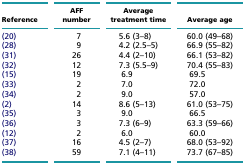
| Reference | AFF number | Average treatment time | Average age |
 | --- | --- | --- | --- |
 | (20) | 7 | 5.6 (3–8) | 60.0 (49–68) |
 | (28) | 9 | 4.2 (2.5–5) | 66.9 (55–82) |
 | (31) | 26 | 4.4 (2–10) | 66.1 (53–82) |
 | (32) | 12 | 7.3 (5.5–9) | 70.4 (55–83) |
 | (15) | 19 | 6.9 | 69.5 |
 | (33) | 2 | 7.0 | 72.0 |
 | (34) | 2 | 9.0 | 57.0 |
 | (2) | 14 | 8.6 (5–13) | 61.0 (53–75) |
 | (35) | 3 | 9.0 | 66.5 |
 | (36) | 3 | 7.3 (6–9) | 63.3 (59–66) |
 | (12) | 2 | 6.0 | 60.0 |
 | (37) | 16 | 4.5 (2–7) | 68.0 (53–92) |
 | (38) | 59 | 7.1 (4–11) | 73.7 (67–85) |